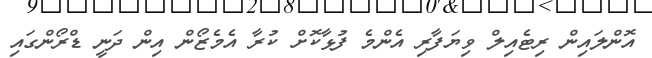
އޮންލައިން ރިޓެއިލް ވިޔަފާރި އެންމެ ފުޅާކޮށް ކުރާ އެމެޒޯން އިން ދަނީ ޑްރޯންގައި